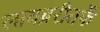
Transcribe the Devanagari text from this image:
लायब्ररीतर्फे